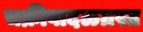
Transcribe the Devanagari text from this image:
चक्रीवादळग्रस्त